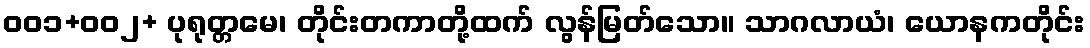
၀၀၁+၀၀၂+ ပုရုတ္တမေ၊ တိုင်းတကာတို့ထက် လွန်မြတ်သော။ သာဂလာယံ၊ ယောနကတိုင်း